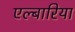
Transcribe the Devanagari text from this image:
एल्बारिया